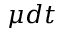
\mu d t